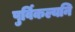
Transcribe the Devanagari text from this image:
पुर्विकल्यनि